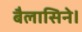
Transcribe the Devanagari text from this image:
बैलासिने।